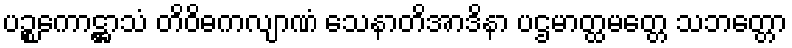
ပဉ္စကောဋ္ဌာသံ တိဝိဓကလျာဏံ သေနာတိအာဒိနာ ပဌမာတ္ထမတ္တေ သဘတ္တော